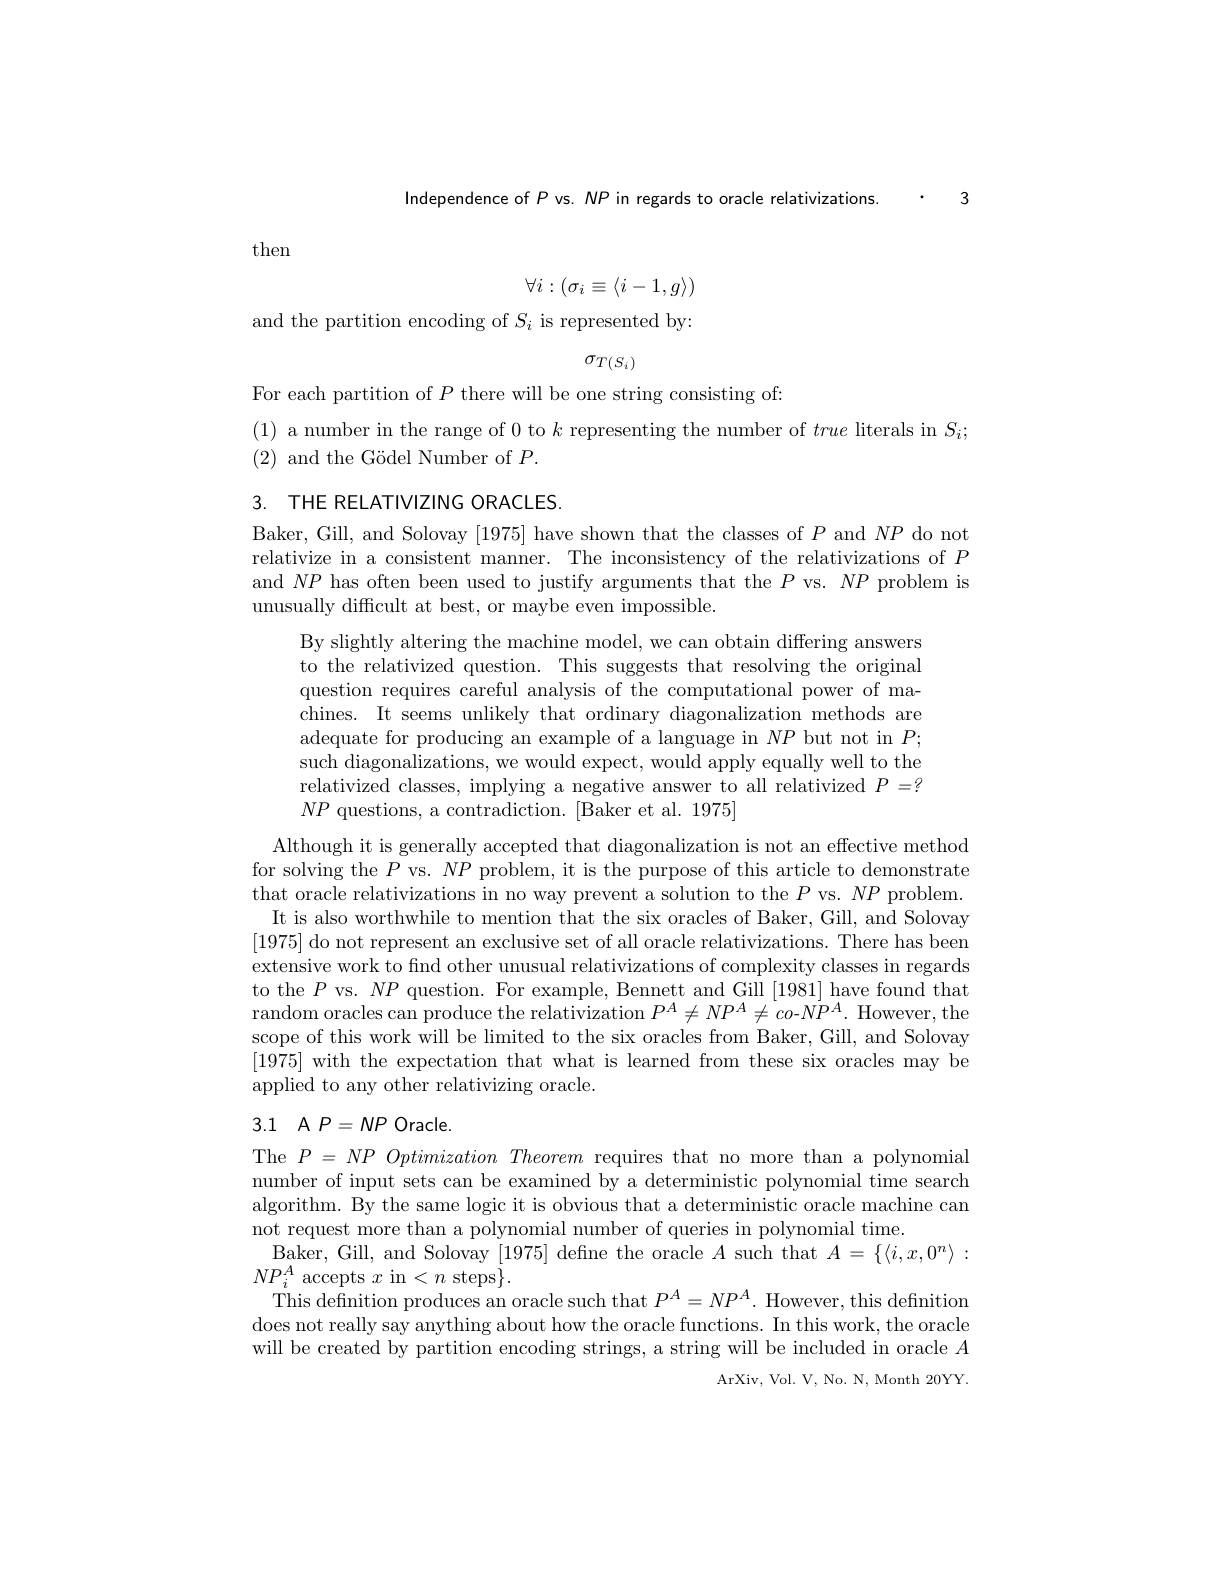
Independence of $P$ vs. NP in regards to oracle relativizations. . 3

then
$$\forall i:(\sigma_i\equiv\langle i-1,g\rangle)$$
and the partition encoding of $S_i$ is represented by:
$$\sigma_{T}(S_{i})$$
For each partition of $P$ there will be one string consisting of:

(1) a number in the range of 0 to $k$ representing the number of true literals in $S_i;$
$(2){\mathrm{~and~the~G\"{o}del~Number~of~}P}.$

3. THE RELATIVIZING ORACLES.

Baker, Gill, and Solovay [1975] have shown that the classes of $P$ and $NP$ do not relativize in a consistent manner. The inconsistency of the relativizations of $P$ and $NP$ has often been used to justify arguments that the $P$ vs. $NP$ problem is unusually difficult at best, or maybe even impossible.

By slightly altering the machine model, we can obtain differing answers to the relativized question. This suggests that resolving the original question requires careful analysis of the computational power of machines. It seems unlikely that ordinary diagonalization methods are adequate for producing an example of a language in $NP$ but not in $P;$ such diagonalizations, we would expect, would apply equally well to the relativized classes, implying a negative answer to all relativized $P=?$ $NP$ questions, a contradiction. [Baker et al. 1975]

Although it is generally accepted that diagonalization is not an effective method for solving the $P$ vs. $NP$ problem, it is the purpose of this article to demonstrate that oracle relativizations in no way prevent a solution to the $P$ vs. $NP$ problem. It is also worthwhile to mention that the six oracles of Baker, Gill, and Solovay [1975] do not represent an exclusive set of all oracle relativizations. There has been extensive work to find other unusual relativizations of complexity classes in regards to the $P$ vs. $NP$ question. For example, Bennett and Gill [1981] have found that $\operatorname{random}$ oracles can produce the relativization $P^A\neq NP^A\neq co$-$NP^A.$ However, the scope of this work will be limited to the six oracles from Baker, Gill, and Solovay [1975] with the expectation that what is learned from these six oracles may be applied to any other relativizing oracle.

## 3.1 A$P=NP$Oracle.

The $P= NP\textit{Optimization Theorem requires that no more than a polynomial}$ number of input sets can be examined by a deterministic polynomial time search algorithm. By the same logic it is obvious that a deterministic oracle machine can not request more than a polynomial number of queries in polynomial time.
$\begin{array}{l}{\mathrm{Baker,~Gill,~and~Solovay~[1975]~define~the~oracle~}A~such~that~}A=\{\langle i,x,0^{n}\rangle:\end{array}$
$NP_{i}^{A}$ accepts $x$ in <$n$ steps$\}.$
$\tilde{\text{This definition produces an oracle such that }P^A}=NP^A.$ However, this definition does not really say anything about how the oracle functions. In this work, the oracle will be created by partition encoding strings, a string will be included in oracle $A$
ArXiv,  Vol.  V,  No.  N,  Month 20YY